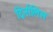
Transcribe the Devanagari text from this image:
द्विर्नालिस